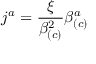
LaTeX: j ^ { a } = \frac { \xi } { \beta _ { \left( c \right) } ^ { 2 } } \beta _ { \left( c \right) } ^ { a }